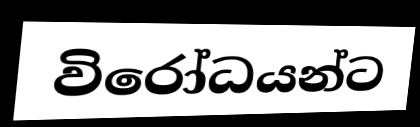
විරෝධයන්ට